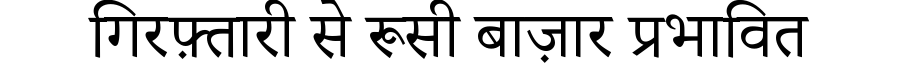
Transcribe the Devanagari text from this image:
गिरफ़्तारी से रूसी बाज़ार प्रभावित